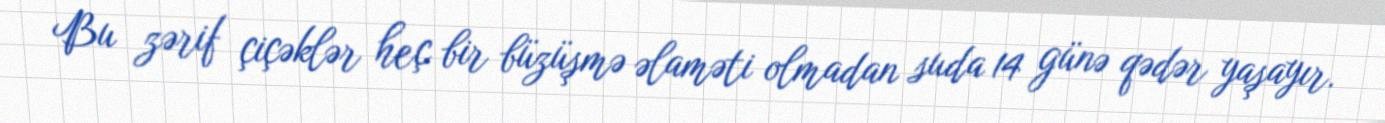
Bu zərif çiçəklər heç bir büzüşmə əlaməti olmadan suda 14 günə qədər yaşayır.